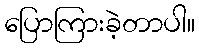
ပြောကြားခဲ့တာပါ။